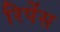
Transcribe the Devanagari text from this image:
रिपेंस